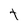
Character: t